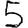
Digit: 5